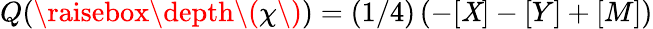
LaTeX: Q(\raisebox{\depth}{\( \chi\) })=(1/4)\left(-[\mathit{X}]-[Y]+[M]\right)